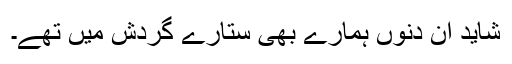
شاید ان دنوں ہمارے بھی ستارے گردش میں تھے۔